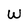
Character: W